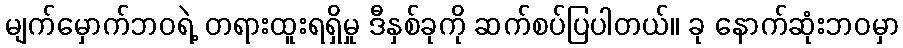
မျက်မှောက်ဘဝရဲ့ တရားထူးရရှိမှု ဒီနှစ်ခုကို ဆက်စပ်ပြပါတယ်။ ခု နောက်ဆုံးဘဝမှာ